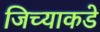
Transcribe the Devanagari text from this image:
जिच्याकडे